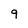
Character: 9